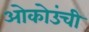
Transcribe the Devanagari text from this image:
ओकोउंची